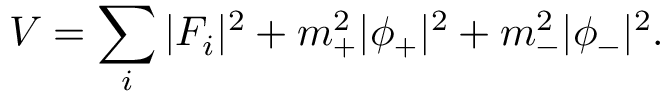
V = \sum _ { i } | F _ { i } | ^ { 2 } + m _ { + } ^ { 2 } | \phi _ { + } | ^ { 2 } + m _ { - } ^ { 2 } | \phi _ { - } | ^ { 2 } .